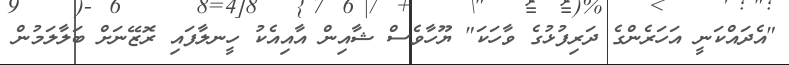
"އެދައްކަނީ އަހަރެންގެ ދަރިފުޅުގެ ވާހަކަ" ޔޫހާވެސް ޝާއިން އާއިއެކު ހީނލާފައި ރޮޒޭނަށް ބަލާލަމުން